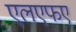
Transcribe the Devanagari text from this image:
एलएफए